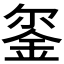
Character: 𮷯